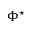
\Phi ^ { \star }